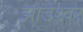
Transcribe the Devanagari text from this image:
झाडेश्वर